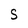
Character: S